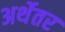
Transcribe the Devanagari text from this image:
अर्थेतर